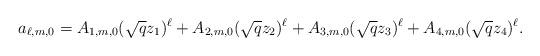
LaTeX: \begin{align*} a_{\ell,m,0}=A_{1,m,0}(\sqrt{q}z_1)^\ell+A_{2,m,0}(\sqrt{q}z_2)^\ell+A_{3,m,0}(\sqrt{q}z_3)^\ell+A_{4,m,0}(\sqrt{q}z_4)^\ell. \end{align*}